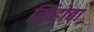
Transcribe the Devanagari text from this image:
सिंहोबा